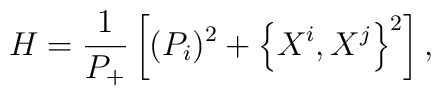
H= \frac{1}{P_+}\left[ (P_i)^2+ \left\{X^i,X^j\right\}^2 \right],